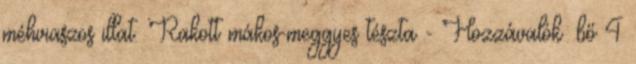
méhviaszos illat. Rakott mákos-meggyes tészta - Hozzávalók: bő 4